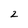
Character: 2